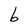
Character: b